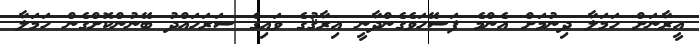
އީރާނަށް ހަމަލާ ދިނުމަށް އެންމެ ފަސޭހަވެގެންދާނީ އިރާޤުގެ ވައިގެ ސަރަހައްދު ބޭނުންކޮށްގެން ހަމަލާ